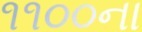
૧૧૦૦ના